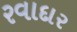
રવાદાર